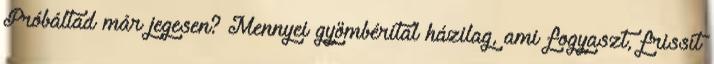
Próbáltad már jegesen? Mennyei gyömbérital házilag, ami fogyaszt, frissít